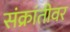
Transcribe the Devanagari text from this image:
संक्रांतीवर